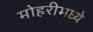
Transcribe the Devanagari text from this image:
मोहरीमध्ये